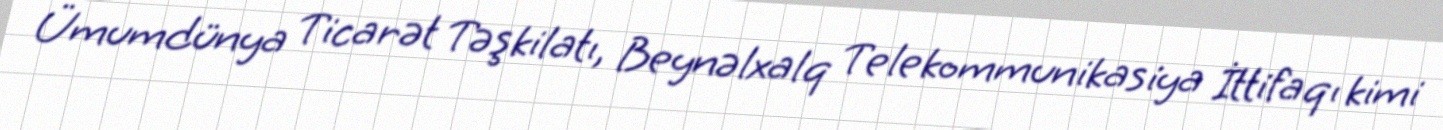
Ümumdünya Ticarət Təşkilatı, Beynəlxalq Telekommunikasiya İttifaqı kimi